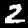
Digit: 2